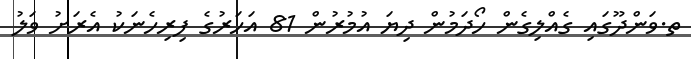
ތ.ވަންދޫގައި ގެއްލިގެން ހޯދަމުން ދިޔަ އުމުރުން 81 އަހަރުގެ ފިރިހެނަކު އެރަށު ވަލު